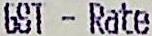
GST - RATE